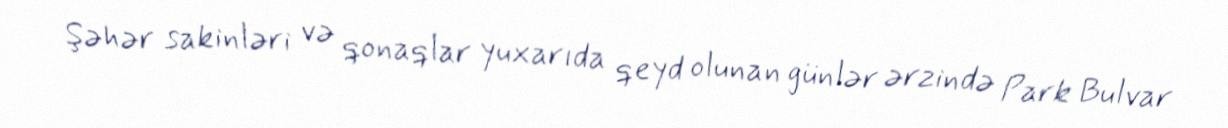
Şəhər sakinləri və qonaqlar yuxarıda qeyd olunan günlər ərzində Park Bulvar